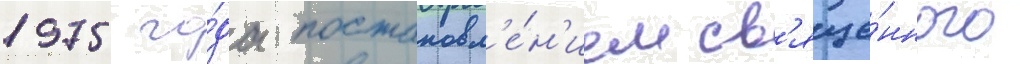
1975 го́да постановл'е́н'ием св'яще́нного